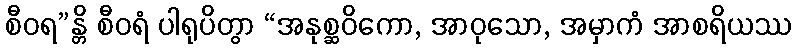
စီဝရ”န္တိ စီဝရံ ပါရုပိတွာ “အနုစ္ဆဝိကော, အာဝုသော, အမှာကံ အာစရိယဿ